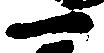
一